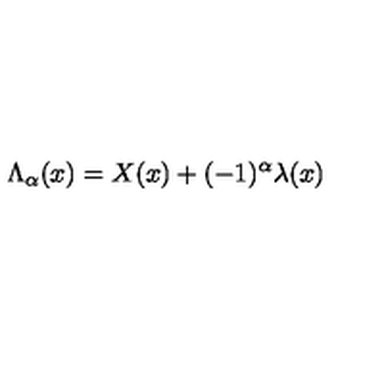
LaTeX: { \Lambda } _ { \alpha } ( x ) = X ( x ) + ( - 1 ) ^ { \alpha } { \lambda } ( x )